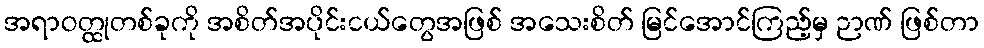
အရာဝတ္ထုတစ်ခုကို အစိတ်အပိုင်းငယ်တွေအဖြစ် အသေးစိတ် မြင်အောင်ကြည့်မှ ဉာဏ် ဖြစ်တာ